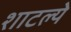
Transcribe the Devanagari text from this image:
शाटल्ये